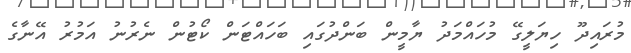
މުރައިދޫ ހިޔަލީގޭ މުހައްމަދު ޔާމީން ބަންދުގައި ބަހައްޓަން ކޯޓުން ނެރުނު އަމުރު އޭނާގެ